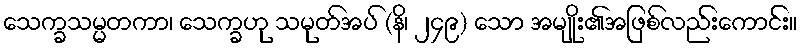
သေက္ခသမ္မတကာ၊ သေက္ခဟု သမုတ်အပ် (နိ၊ ၂၄၉) သော အမျိုး၏အဖြစ်လည်းကောင်း။